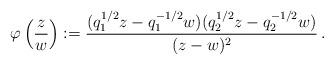
LaTeX: \begin{align*} \varphi\left(\frac{z}{w}\right):=\frac{(q_1^{1/2}z-q_1^{-1/2}w)(q_2^{1/2}z-q_2^{-1/2}w)}{(z-w)^2} \,.\end{align*}